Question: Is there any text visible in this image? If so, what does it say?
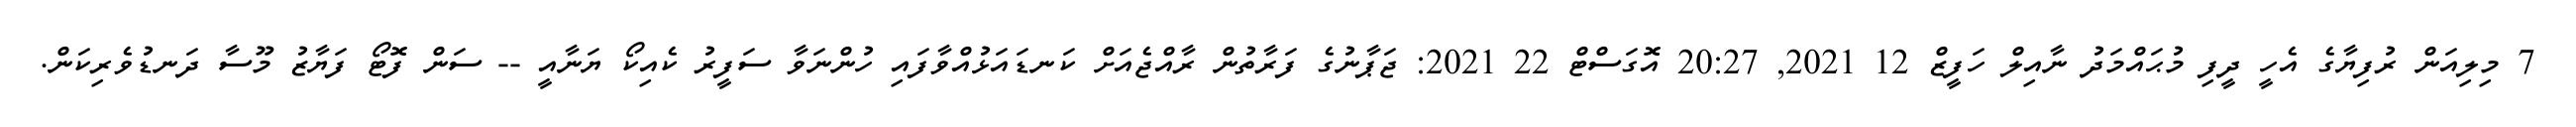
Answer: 7 މިލިއަން ރުފިޔާގެ އެހީ ދީފި މުޙައްމަދު ނާއިލް ހަފީޒް 12 2021, 20:27 އޮގަސްޓް 22 2021: ޖަޕާނުގެ ފަރާތުން ރާއްޖެއަށް ކަނޑައަޅުއްވާފައި ހުންނަވާ ސަފީރު ކެއިކޯ ޔަނާއީ -- ސަން ފޮޓޯ ފަޔާޒު މޫސާ ދަނޑުވެރިކަން.